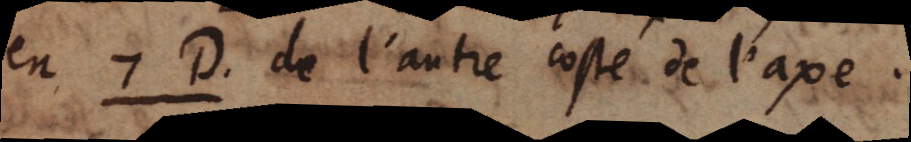
en 7D. de l’autre costé de l’axe.